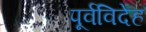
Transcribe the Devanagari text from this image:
पूर्वविदेह